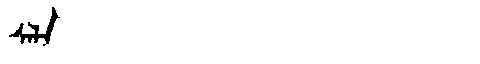
Manchu: ᠰᠠᠯᠠ
Romanization: SALA